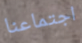
اجتماعنا